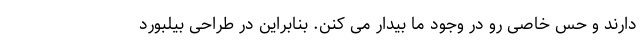
دارند و حس خاصی رو در وجود ما بیدار می کنن. بنابراین در طراحی بیلبورد